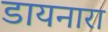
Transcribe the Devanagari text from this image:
डायनारा